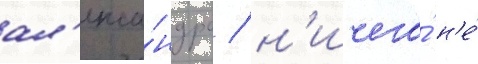
ал'екса́ндра / н'ичего́ н'е́